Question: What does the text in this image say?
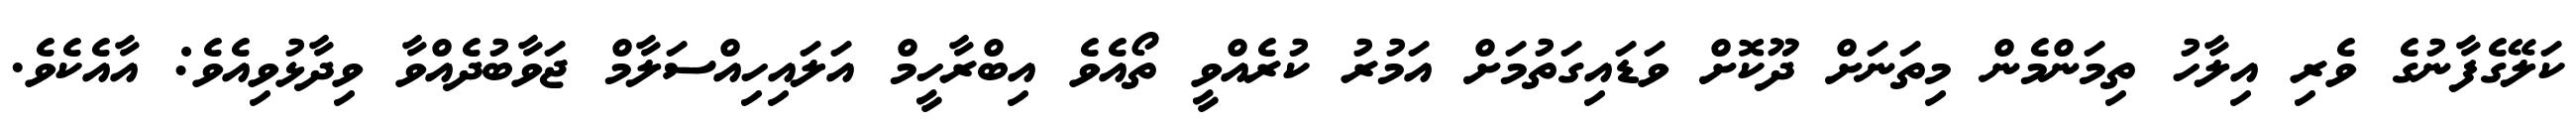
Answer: ކަލޭގެފާނުގެ ވެރި އިލާހު ތިމަންމެން މިތަނަށް ދޫކޮށް ވަޑައިގަތުމަށް އަމުރު ކުރެއްވީ ތޯއެވެ އިބްރާހީމް އަލައިހިއްސަލާމް ޖަވާބުދެއްވާ ވިދާޅުވިއެވެ: އާއެކެވެ.